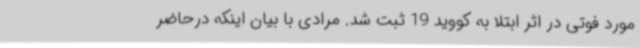
مورد فوتی در اثر ابتلا به کووید 19 ثبت شد. مرادی با بیان اینکه درحاضر